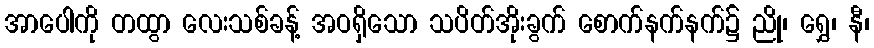
အာပေါကို တထွာ လေးသစ်ခန့် အဝရှိသော သပိတ်အိုးခွက် စောက်နက်နက်၌ ညို၊ ရွှေ၊ နီ၊